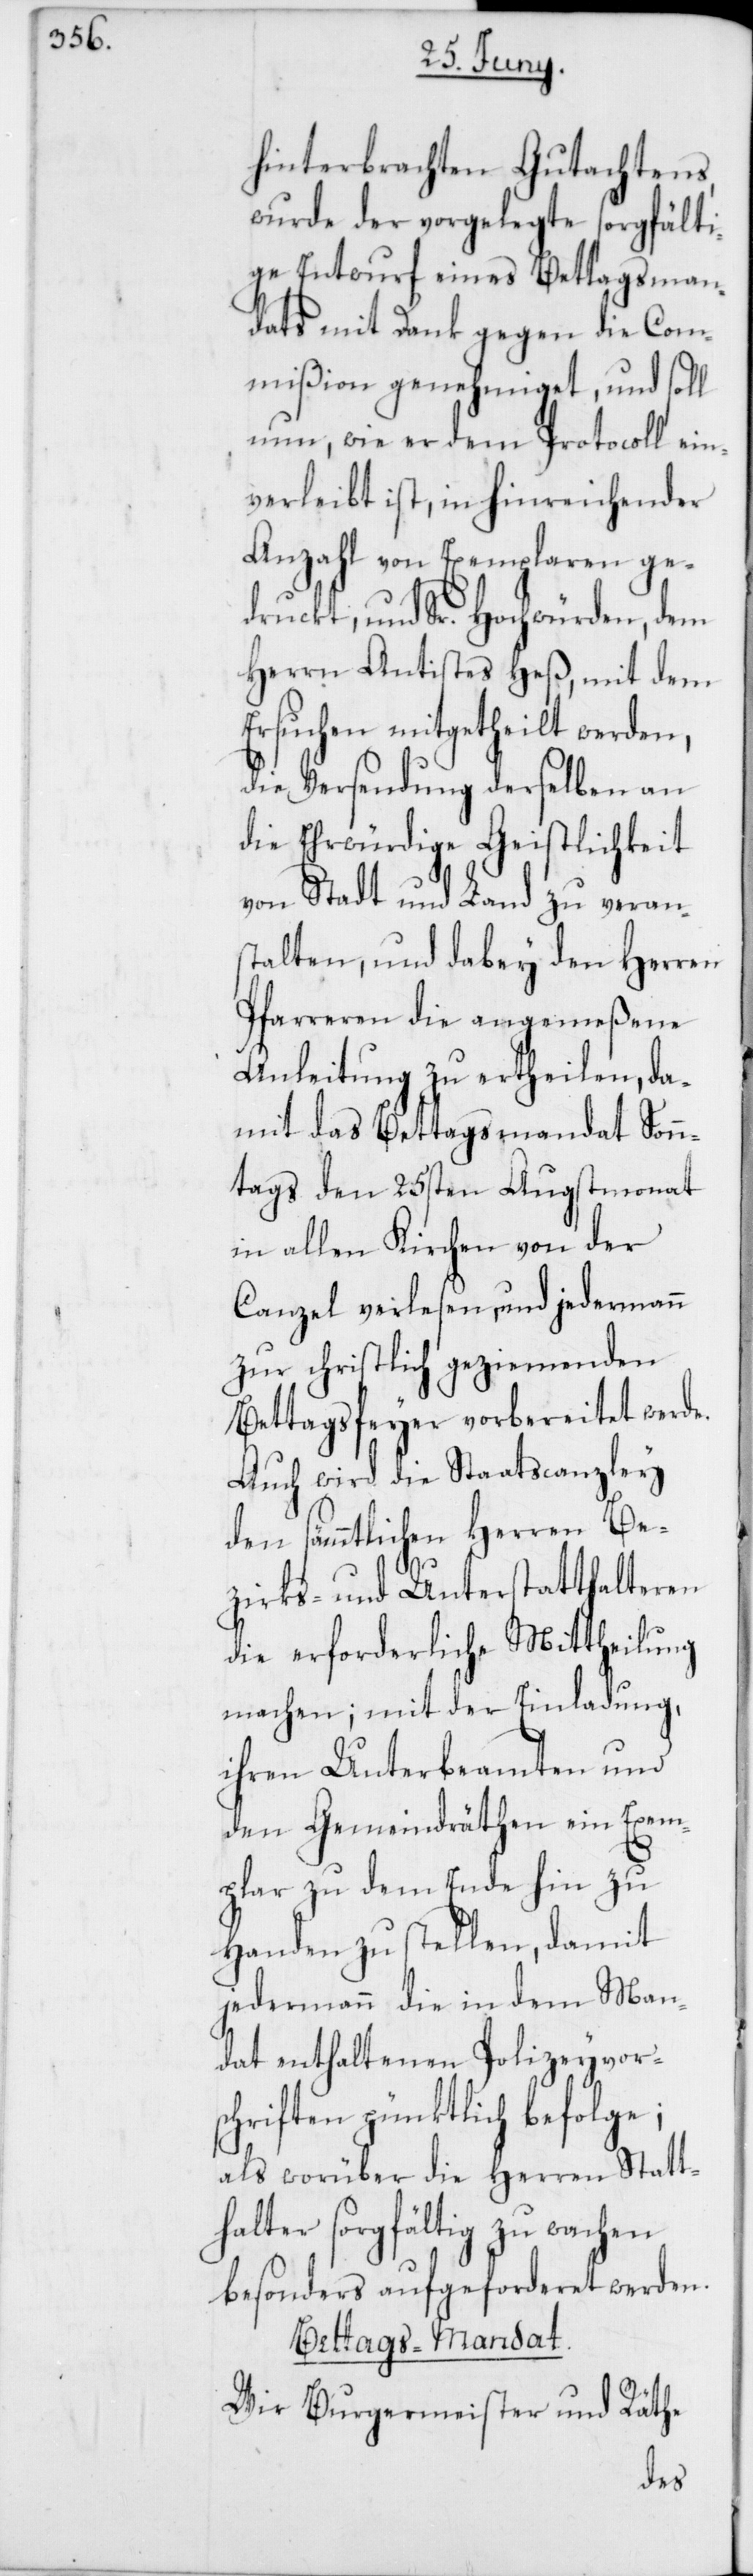
hinterbrachten Gutachtens,
wurde der vorgelegte sorgfälti¬
ge Entwurf eines Bettagsman¬
dats mit Dank gegen die Com¬
mißion genehmiget, und soll
nun, wie er dem Protocoll ein¬
verleibt ist, in hinreichender
Anzahl von Exemplaren ge¬
druckt, und Sr. Hochwürden, dem
Herrn Antistes Heß, mit dem
Ersuchen mitgetheilt werden,
die Versendung derselben an
die Ehrwürdige Geistlichkeit
von Stadt und Land zu veran¬
stalten, und dabey den Herren
Pfarreren die angemeßene
Anleitung zu ertheilen, da¬
mit das Bettagsmandat Sonn¬
tags den 25sten Augstmonat
in allen Kirchen von der
Canzel verlesen, und jedermann
zur christlich geziemenden
Bettagsfeyer vorbereitet werde.
Auch wird die Staatscanzley
den sämmtlichen Herren Be¬
zirks- und Unterstatthalteren
die erforderliche Mittheilung
machen; mit der Einladung,
ihren Unterbeamten und
den Gemeindräthen ein Exem¬
plar zu dem Ende hin zu
Handen zu stellen, damit
jedermann die in dem Man¬
dat enthaltenen Polizeyvor¬
schriften pünktlich befolge;
als worüber die Herren Statt¬
halter sorgfältig zu wachen
besonders aufgeforderet werden.
Bettags-Mandat.
Wir Burgermeister und Räthe